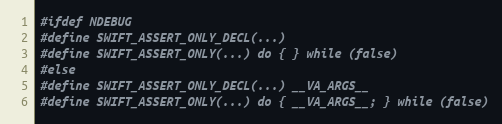
Language: C
#ifdef NDEBUG
#define SWIFT_ASSERT_ONLY_DECL(...)
#define SWIFT_ASSERT_ONLY(...) do { } while (false)
#else
#define SWIFT_ASSERT_ONLY_DECL(...) __VA_ARGS__
#define SWIFT_ASSERT_ONLY(...) do { __VA_ARGS__; } while (false)